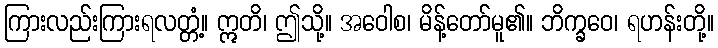
ကြားလည်းကြားရလတ္တံ့။ ဣတိ၊ ဤသို့။ အဝေါစ၊ မိန့်တော်မူ၏။ ဘိက္ခဝေ၊ ရဟန်းတို့။